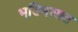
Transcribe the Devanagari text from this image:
भडिमारात